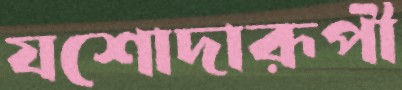
যশোদারূপী